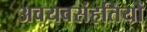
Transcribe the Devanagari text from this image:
अवयवसंहतियों